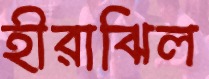
হীরাঝিল